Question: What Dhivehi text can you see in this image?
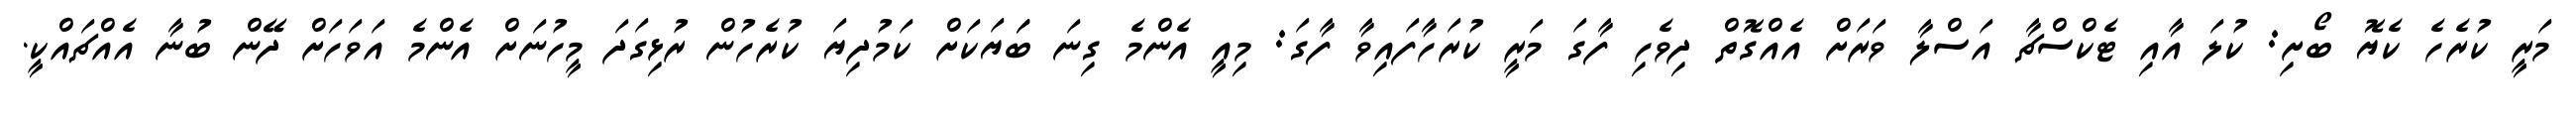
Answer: މަރީ ކުރެހެ ކެޔޮ ބޯށި: ކުލަ އާއި ޓެކްސްޗާ އަސްލާ ވަރަށް އެއްގޮތް ދިވެހި ފާގަ މަރީ ކުރަހާފައިވާ ފާގަ: މިއީ އެންމެ ގިނަ ބަަޔަކަށް ކަމުދިޔަ ކުރެހުން ރުޅިގަދަ މީހުނަށް އެންމެ އަވަހަށް ދޭން ބުނާ އެއްޗައްކީ.